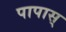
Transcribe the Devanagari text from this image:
पापास्